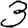
Digit: 3